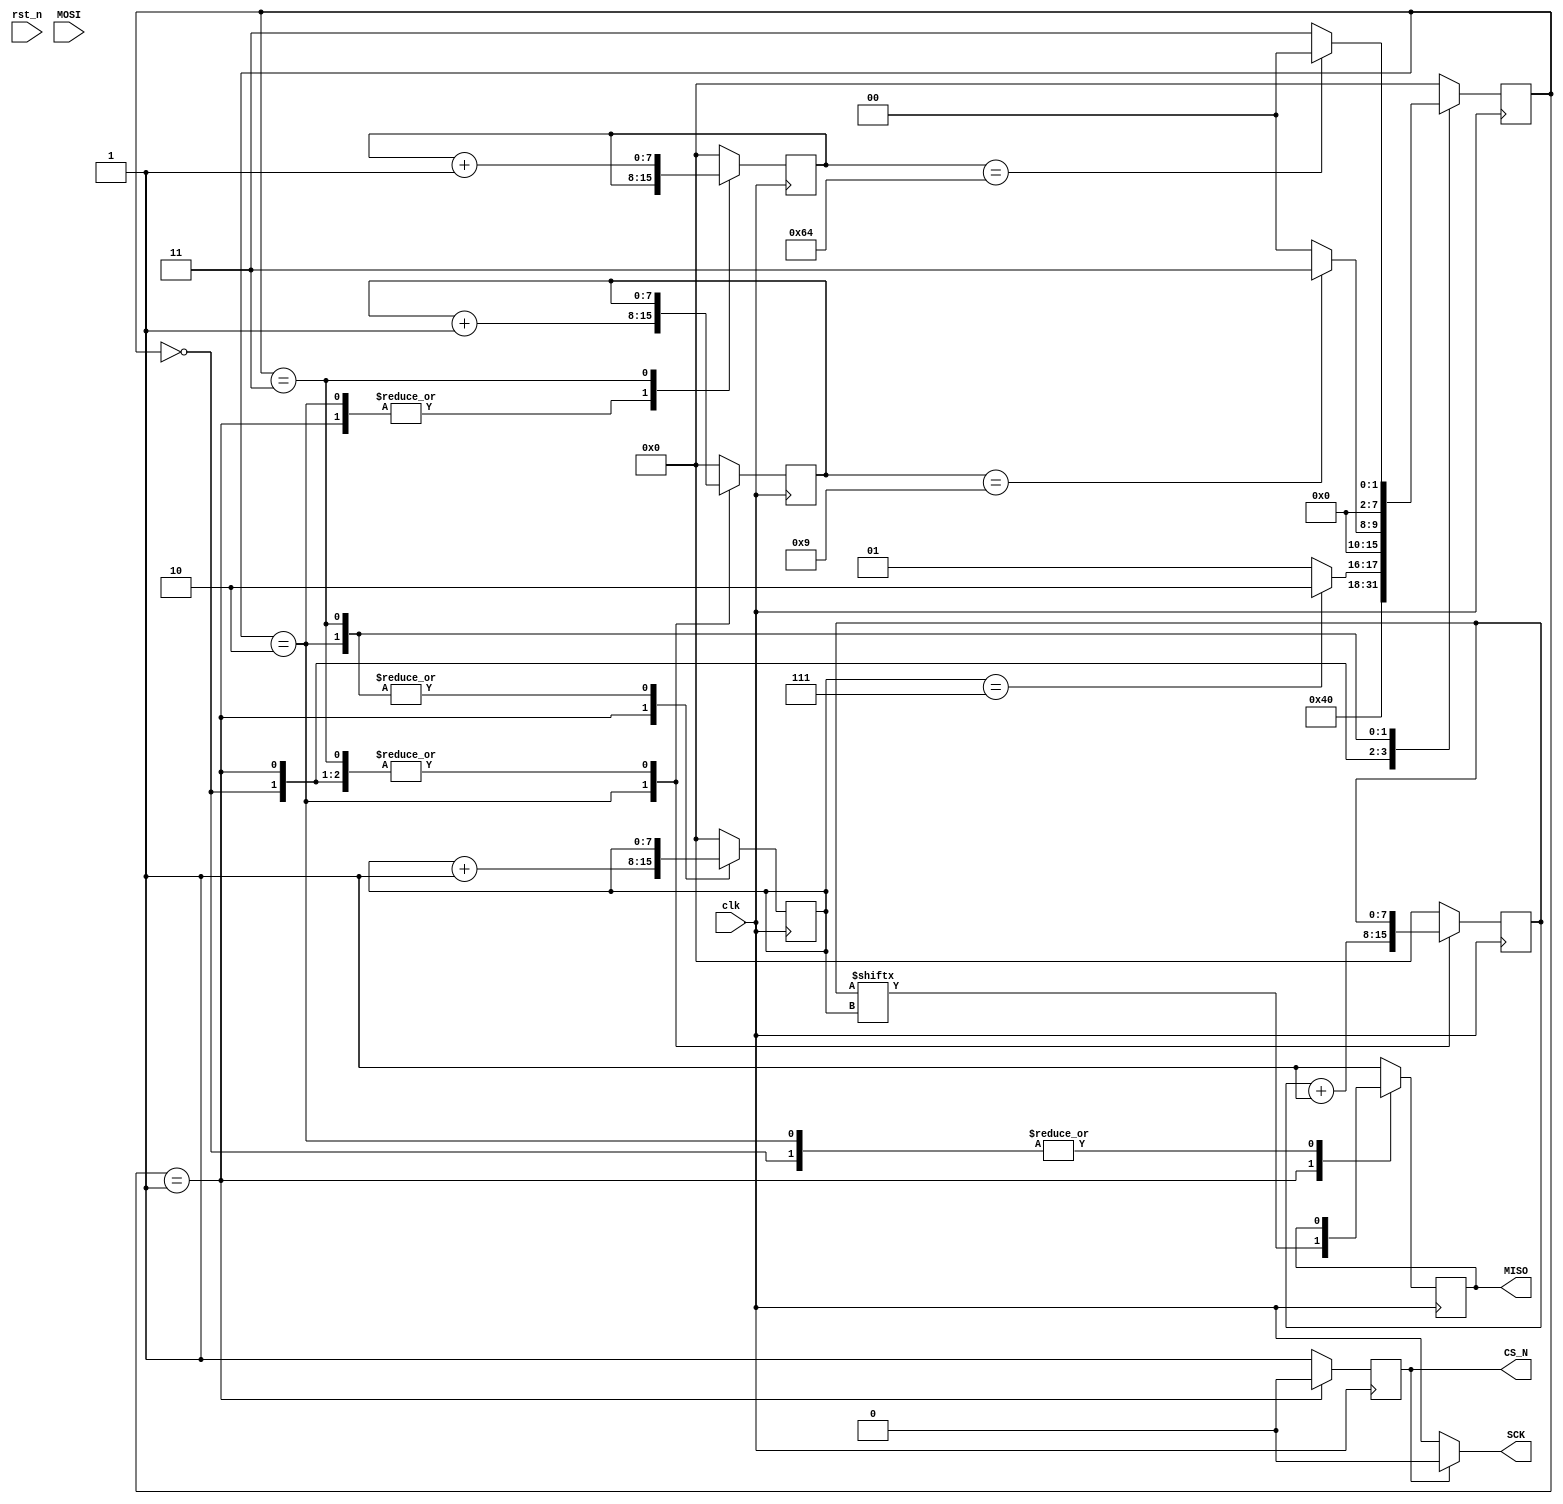
`timescale 1ns / 1ns

module K64_SPI(input clk,
			  input rst_n,
			  output wire CS_N,
			  output wire SCK,
			  input MOSI,
			  output wire MISO);

reg csn,dout;			  
wire sclk = (~csn)?clk:0;
assign SCK = sclk;
assign CS_N = csn;
assign MISO = dout;

reg [7:0]byte_cnt,pkg_cnt,frame_cnt;
reg [7:0]dat_temp;
reg [7:0] tx_state;
always@(posedge clk)
	begin
		case(tx_state)
				0:begin
						csn <= 1;
						byte_cnt <= 0;
						pkg_cnt <= pkg_cnt;
						frame_cnt<=0;
						dat_temp <= dat_temp;
						tx_state <= 1;
					  end
				1:begin
						csn <= 0;
						dout <= dat_temp[byte_cnt];
						byte_cnt <= byte_cnt +1;
						if(byte_cnt==7)tx_state <= 2;
						else tx_state <=1;
					  end
				2:begin
						csn <= 1;
						pkg_cnt <= pkg_cnt +1;
						dat_temp<= dat_temp+1;
						if(pkg_cnt==9)tx_state <=3;
						else tx_state <=0;
					  end
				3:begin	
						csn <= 1;
						dout <= 1;
						if(frame_cnt==100)tx_state <=0;
						else tx_state <=3;
						frame_cnt<=frame_cnt+1;
				     end
				default:begin
						csn <= 1;
						dout <= 1;
						byte_cnt <= 0;
						pkg_cnt <= 0;
						dat_temp <= 0;
						tx_state <= 0;
						frame_cnt<= 0;
					  end
		endcase
	end
			  

endmodule